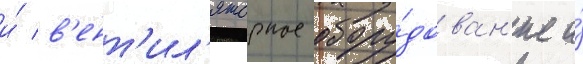
и́ в'ент'ил'яторное обору́дован'ие и́